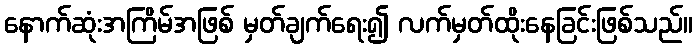
နောက်ဆုံးအကြိမ်အဖြစ် မှတ်ချက်ရေး၍ လက်မှတ်ထိုးနေခြင်းဖြစ်သည်။